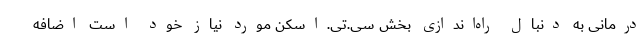
درمانی به دنبال راه‌اندازی بخش سی.‌تی.‌اسکن مورد نیاز خود است اضافه